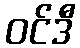
ဝင်ဒီ